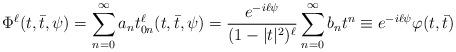
LaTeX: \begin{align*} \Phi^\ell(t,\bar t,\psi) = \sum_{n=0}^{\infty}a_n t^\ell_{0n}(t,\bar t,\psi) = \frac{e^{-i\ell\psi}}{(1-|t|^2)^\ell} \sum_{n=0}^{\infty}b_n t^n \equiv e^{-i\ell\psi}\varphi(t,\bar t)\,\end{align*}